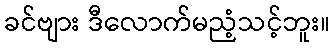
ခင်ဗျား ဒီလောက်မညံ့သင့်ဘူး။